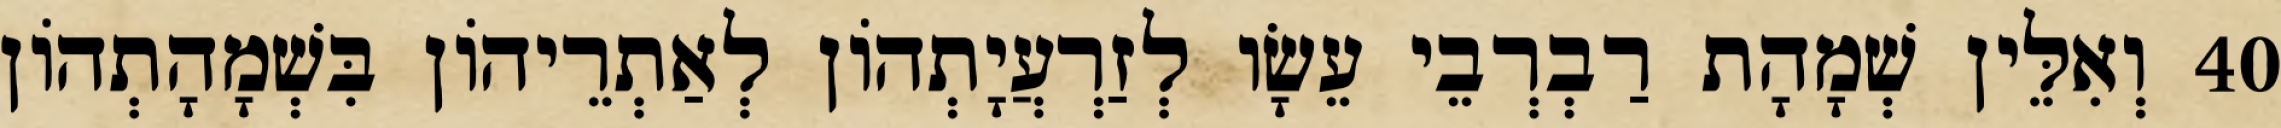
40 וְאִלֵּין שְׁמָהָת רַבְרְבֵי עֵשָׂו לְזַרְעֲיָתְהוֹן לְאַתְרֵיהוֹן בִּשְׁמָהָתְהוֹן